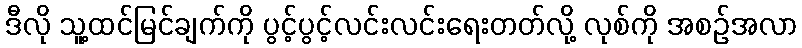
ဒီလို သူ့ထင်မြင်ချက်ကို ပွင့်ပွင့်လင်းလင်းရေးတတ်လို့ လုစ်ကို အစဉ်အလာ